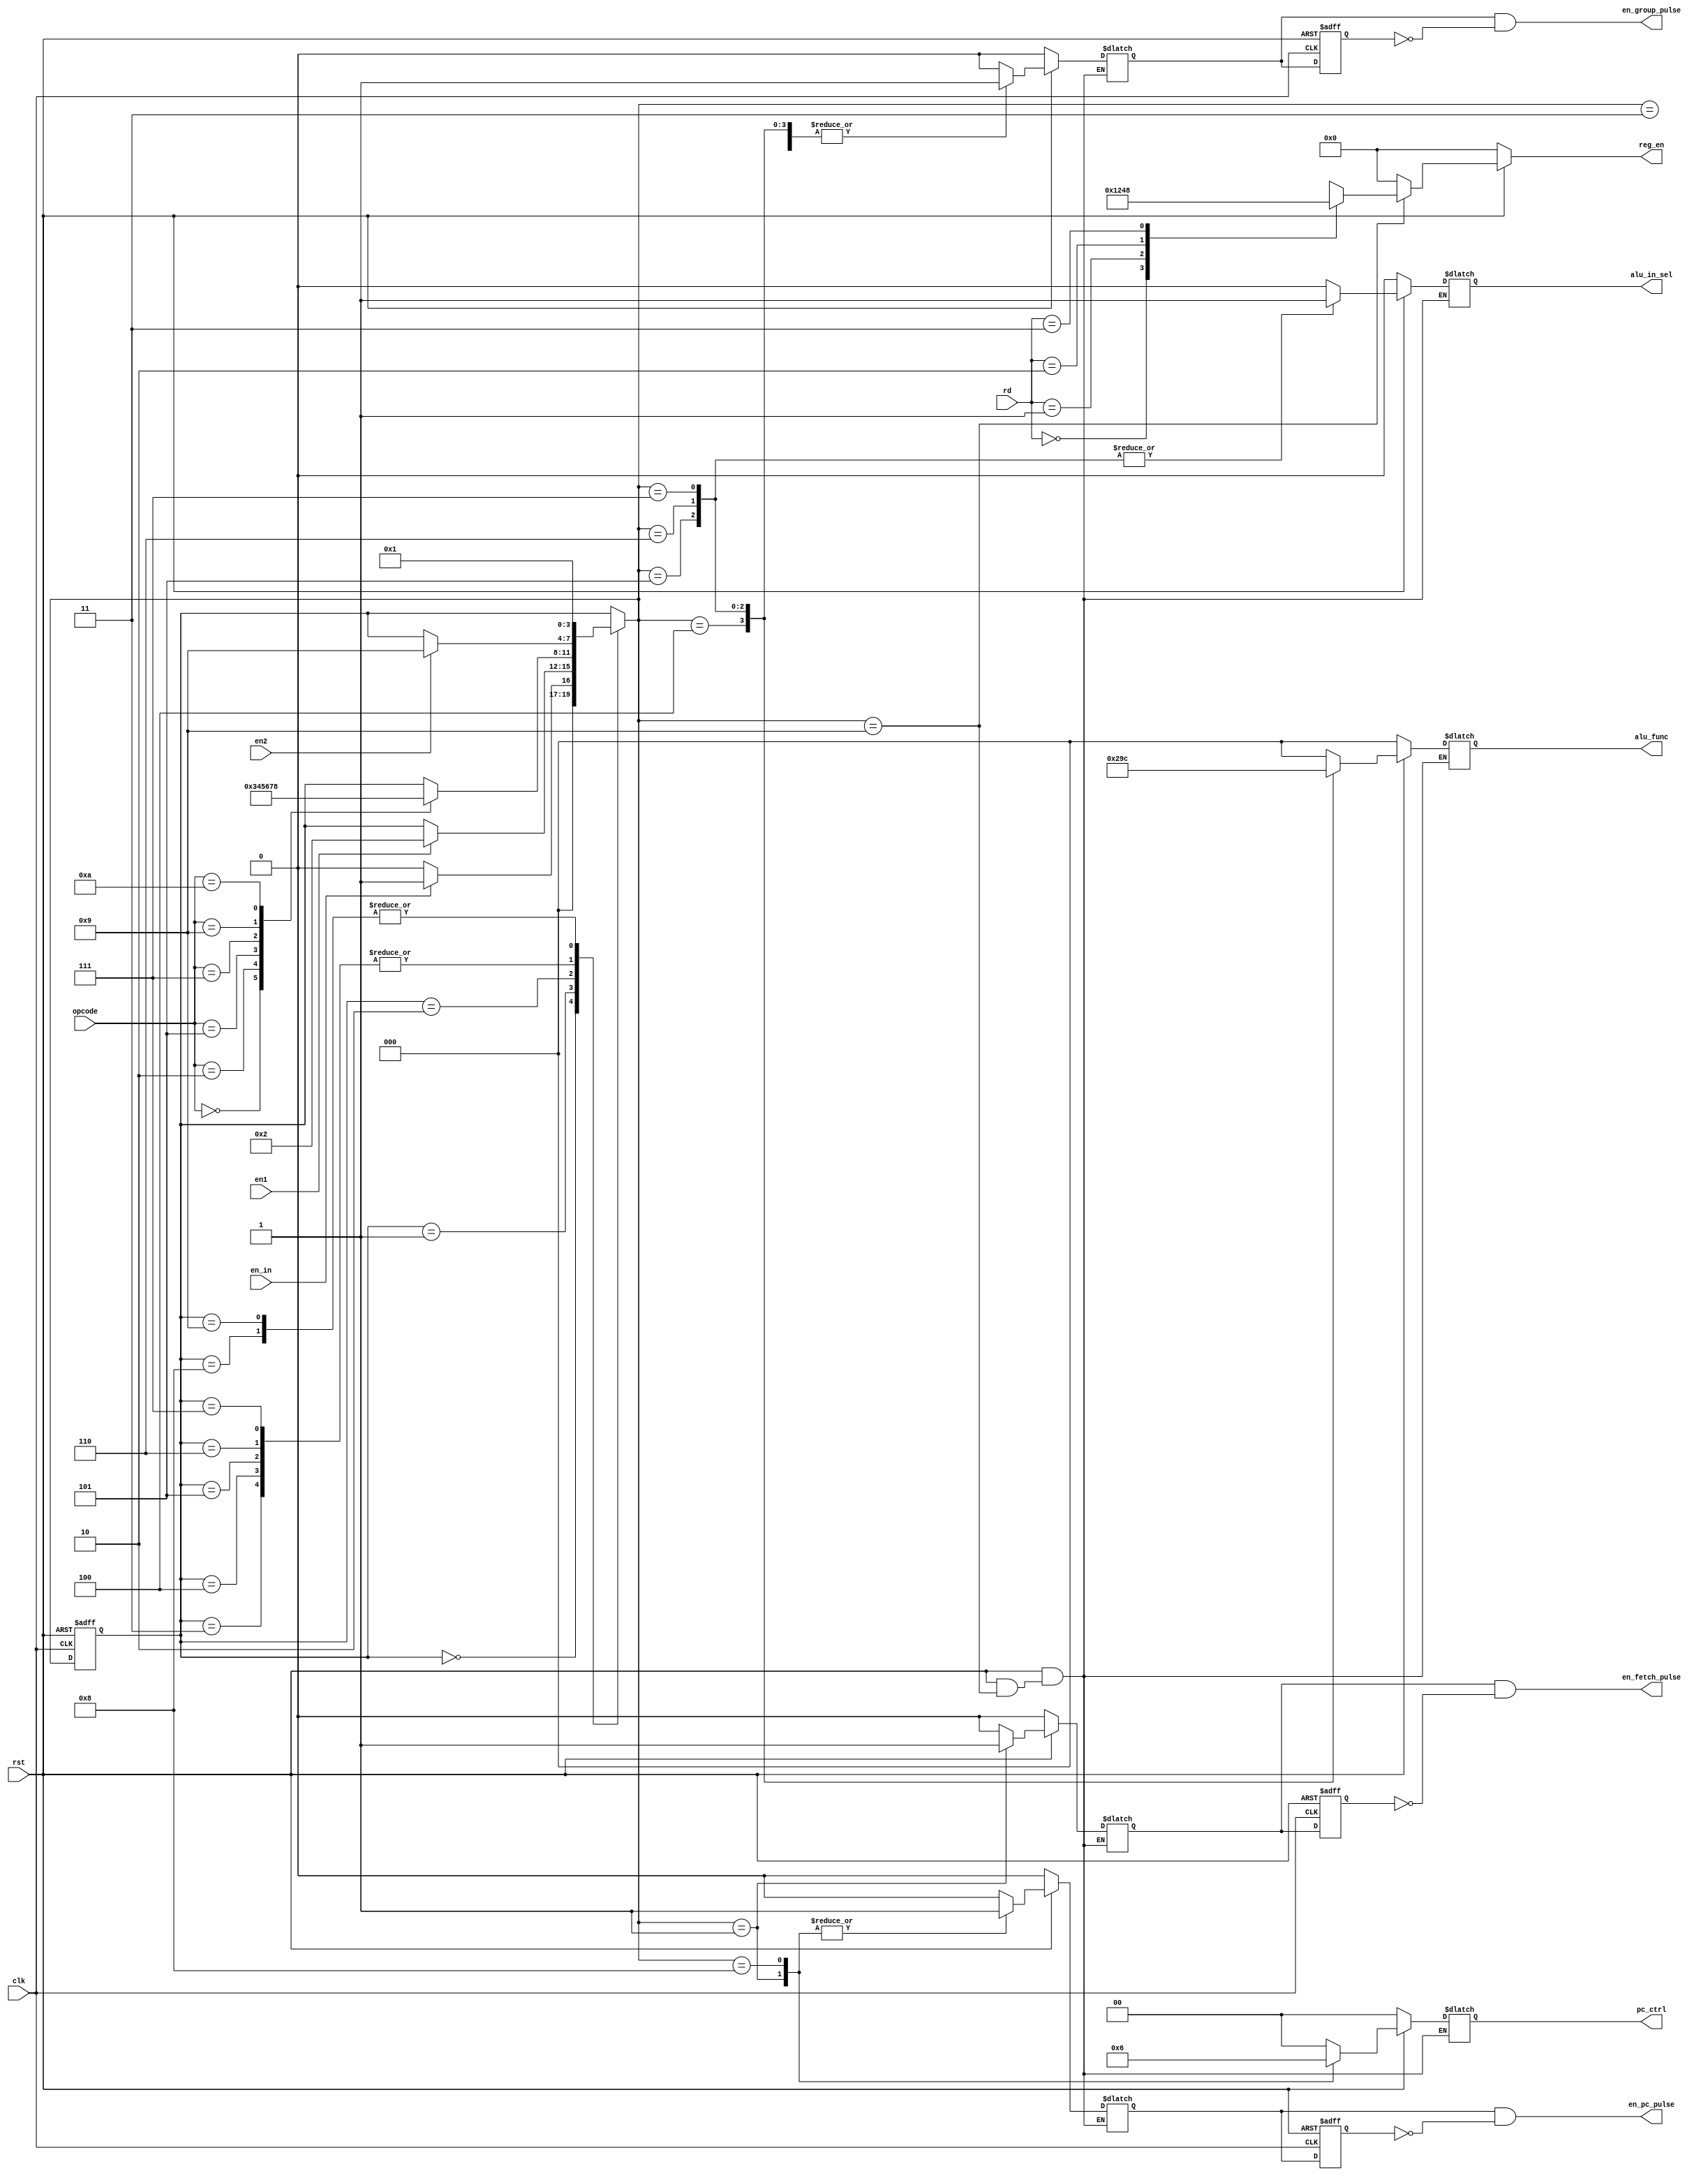
module state_transition(clk,rst,en_in,en1,en2,rd,opcode,en_fetch_pulse,en_group_pulse,en_pc_pulse,pc_ctrl,reg_en,alu_in_sel,alu_func);
input clk,rst;
input en_in;
input en1;
input en2;
input [1:0] rd;
input [3:0] opcode;
output reg en_fetch_pulse;
output reg en_group_pulse;
output reg en_pc_pulse;
output reg [1:0] pc_ctrl;
output reg [3:0] reg_en;
output reg alu_in_sel;
output reg [2:0] alu_func;

reg en_fetch_reg,en_fetch;
reg en_group_reg,en_group;
reg en_pc_reg,en_pc;
reg [3:0] current_state,next_state;
parameter Initial = 4'b0000;
parameter Fetch = 4'b0001;
parameter Decode = 4'b0010;
parameter Execute_Moveb = 4'b0011;
parameter Execute_Add = 4'b0100;
parameter Execute_Sub = 4'b0101;
parameter Execute_And = 4'b0110;
parameter Execute_Or = 4'b0111;
parameter Execute_Jump = 4'b1000;
parameter Write_back = 4'b1001;

always @ (posedge clk or negedge rst) begin
	if(!rst)
		current_state <= Initial;
	else 
		current_state <= next_state;
end

always @ (current_state or en_in or en1 or en2 or opcode) begin
	case (current_state)
		Initial: begin
			if(en_in)
				next_state = Fetch;
			else
				next_state = Initial;
		end
		Fetch: begin
			if(en1) 
				next_state = Decode;
			else
				next_state = current_state;
		end
		Decode: begin
			case(opcode) 
				4'b0000: next_state = Execute_Moveb;
				4'b0010: next_state = Execute_Add;
				4'b0101: next_state = Execute_Sub;
				4'b0111: next_state = Execute_And;
				4'b1001: next_state = Execute_Or;
				4'b1010: next_state = Execute_Jump;
				default: next_state = current_state;
			endcase
		end
		Execute_Moveb: begin
			if(en2)
				next_state = Write_back;
			else
				next_state = current_state;
		end
		Execute_Add: begin
			if(en2)
				next_state = Write_back;
			else
				next_state = current_state;
		end
		Execute_Sub: begin
			if(en2)
				next_state = Write_back;
			else
				next_state = current_state;
		end
		Execute_And: begin
            if(en2)
				next_state = Write_back;
			else
				next_state = current_state;
		end   
		Execute_Or: begin
	       if(en2)
                 next_state = Write_back;
           else
                 next_state = current_state;
        end  
		Execute_Jump: next_state = Fetch;
		Write_back: next_state = Fetch;
		default: next_state = current_state;
	endcase
end

always @ (rst or next_state) begin
	if(!rst) begin
		en_fetch = 1'b0;
		en_group = 1'b0;
		en_pc = 1'b0;
		pc_ctrl = 2'b00;
		reg_en = 4'b0000;
		alu_in_sel = 1'b0;
		alu_func = 3'b000;
	end
	else begin
		case (next_state)
			Initial: begin
				en_fetch = 1'b0;
				en_group = 1'b0;
				en_pc = 1'b0;
				pc_ctrl = 2'b00;
				reg_en = 4'b0000;
				alu_in_sel = 1'b0;
				alu_func = 3'b000;
			end
			Fetch: begin
				en_fetch = 1'b1;
				en_group = 1'b0;
				en_pc = 1'b1;
				pc_ctrl = 2'b01;
				reg_en = 4'b0000;
				alu_in_sel = 1'b0;
				alu_func = 3'b000;
			end
			Decode: begin
				en_fetch = 1'b0;
				en_group = 1'b0;
				en_pc = 1'b0;
				pc_ctrl = 2'b00;
				reg_en = 4'b0000;
				alu_in_sel = 1'b0;
				alu_func = 3'b000;
			end
			Execute_Moveb: begin
				en_fetch = 1'b0;
				en_group = 1'b1;
				en_pc = 1'b0;
				pc_ctrl = 2'b00;
				reg_en = 4'b0000;
				alu_in_sel = 1'b0;
				alu_func = 3'b000;
			end
			Execute_Add: begin
				en_fetch = 1'b0;
				en_group = 1'b1;
				en_pc = 1'b0;
				pc_ctrl = 2'b00;
				reg_en = 4'b0000;
				alu_in_sel = 1'b0;
				alu_func = 3'b001;
			end
			Execute_Sub: begin
				en_fetch = 1'b0;
				en_group = 1'b1;
				en_pc = 1'b0;
				pc_ctrl = 2'b00;
				reg_en = 4'b0000;
				alu_in_sel = 1'b1;
				alu_func = 3'b010;
			end
			Execute_And: begin
				en_fetch = 1'b0;
				en_group = 1'b1;
				en_pc = 1'b0;
				pc_ctrl = 2'b00;
				reg_en = 4'b0000;
				alu_in_sel = 1'b1;
				alu_func = 3'b011;
			end
			Execute_Or: begin
				en_fetch = 1'b0;
				en_group = 1'b1;
				en_pc = 1'b0;
				pc_ctrl = 2'b00;
				reg_en = 4'b0000;
				alu_in_sel = 1'b1;
				alu_func = 3'b100;
			end
			Execute_Jump: begin
				en_fetch = 1'b0;
				en_group = 1'b0;
				en_pc = 1'b1;
				pc_ctrl = 2'b10;
				reg_en = 4'b0000;
				alu_in_sel = 1'b0;
				alu_func = 3'b000;
			end
			Write_back: begin
				case(rd)
					2'b00: reg_en = 4'b0001;
					2'b01: reg_en = 4'b0010;
					2'b10: reg_en = 4'b0100;
					2'b11: reg_en = 4'b1000;
					default: reg_en = 4'b0000;
				endcase
			end
			default: begin
				en_fetch = 1'b0;
				en_group = 1'b0;
				en_pc = 1'b0;
				pc_ctrl = 2'b00;
				reg_en = 4'b0000;
				alu_in_sel = 1'b0;
				alu_func = 3'b000;
			end
		endcase
	end
end

always @ (posedge clk or negedge rst) begin
	if(!rst) begin
		en_fetch_reg <= 1'b0;
		en_pc_reg <= 1'b0;
		en_group_reg <= 1'b0;
	end
	else begin
		en_fetch_reg <= en_fetch;
		en_pc_reg <= en_pc;
		en_group_reg <= en_group;
	end
end

always @ (en_fetch or en_fetch_reg)
	en_fetch_pulse = en_fetch & (~en_fetch_reg);
	
always @ (en_pc_reg or en_pc)
	en_pc_pulse = en_pc & (~en_pc_reg);
	
always @ (en_group_reg or en_group)
	en_group_pulse = en_group & (~en_group_reg);

endmodule